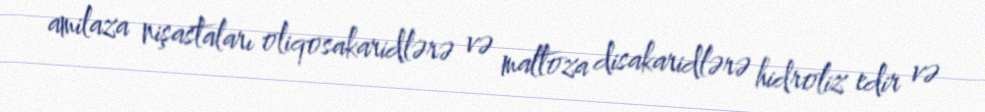
amilaza nişastaları oliqosakaridlərə və maltoza disakaridlərə hidroliz edir və